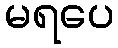
မရပေ